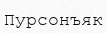
Пурсонъяк